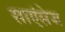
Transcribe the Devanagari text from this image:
साएंसेज